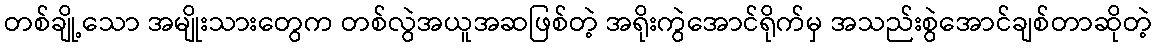
တစ်ချို့သော အမျိုးသားတွေက တစ်လွဲအယူအဆဖြစ်တဲ့ အရိုးကွဲအောင်ရိုက်မှ အသည်းစွဲအောင်ချစ်တာဆိုတဲ့